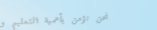
نحن نؤمن بأهمية التعليم و